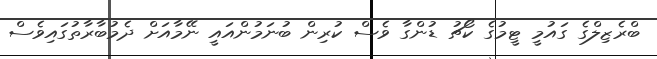
ބްރެޒިލްގެ ގައުމީ ޓީމުގެ ކޯޗު ޑުންގާ ވެސް ކުރިން ބުނަމުންއައީ ނޭމާއަށް ދެމުބާރާތުގައިވެސް